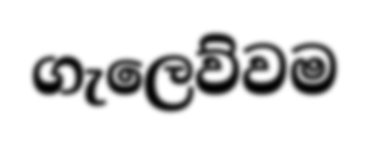
ගැලෙව්වම